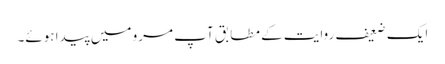
ایک ضعیف روایت کے مطابق آپ مرو میں پیدا ہوئے۔